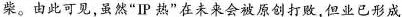
柴。由此可见,虽然"IP 热”在未来会被原创打败,但业已形成